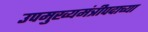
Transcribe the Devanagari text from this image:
उपमुख्यमंत्रीपदाच्या